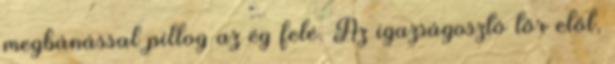
megbánással pillog az ég felé. Az igazságosztó tőr elől,